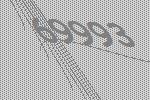
69993